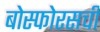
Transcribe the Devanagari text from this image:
बोस्फोरसची